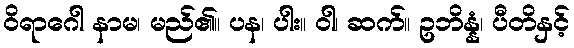
ဝိရာဂေါ နာမ၊ မည်၏။ ပန၊ ပါး။ ဝါ၊ ဆက်။ ဥဘိန္နံ၊ ပီတိနှင့်